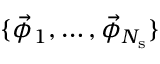
\{ \vec { \phi } _ { 1 } , \ldots , \vec { \phi } _ { N _ { \mathrm { s } } } \}